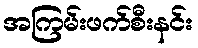
အကြမ်းဖက်စီးနင်း